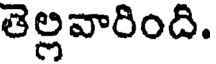
తెల్లవారింది.